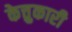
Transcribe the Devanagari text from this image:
केत्तुकारी